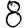
Digit: 8